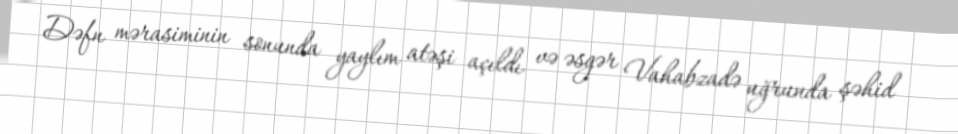
Dəfn mərasiminin sonunda yaylım atəşi açıldı və əsgər Vahabzadə uğrunda şəhid